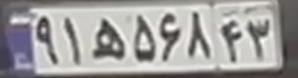
۹۱ه۵۶۸۴۳